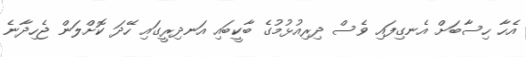
އެހާ ހިސާބަށް އެނގިފައި ވެސް ދިރިއުޅުމުގެ ބާކީބައި އަނދިރީގައި ހޭދަ ކޮށްލަން ޖެހިދާނެ